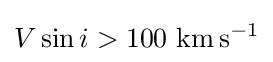
V\sin i>100~{\mbox{km}}\,{\mbox{s}}^{-1}